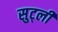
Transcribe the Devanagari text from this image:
सुट्ली